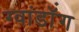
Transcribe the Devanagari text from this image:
ग्वांडॉंग